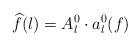
LaTeX: \begin{align*}\widehat f(l)=A_l^0\cdot a_l^0(f)\end{align*}